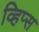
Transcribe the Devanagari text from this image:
व्हिप्स